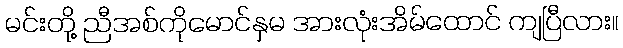
မင်းတို့ ညီအစ်ကိုမောင်နှမ အားလုံးအိမ်ထောင် ကျပြီလား။